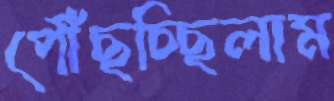
পৌঁছচ্ছিলাম